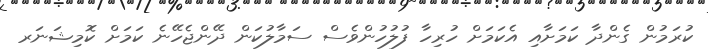
ކުރަމުން ގެންދާ ކަމަށާއި އެކަމަށް ހުރިހާ ފުލުހުންވެސް ސަމާލުކަން ދޭންޖެހޭނެ ކަމަށް ކޮމިޝަނަރ